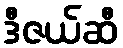
ဒီဇယ်ဆီ